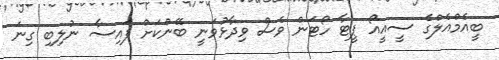
ބީއެމްއެލްގެ ސީއީއޯ ޕީޓާ ހޯޓަން ވެސް ވިދާޅުވަނީ ބޭންކަށް ފައިސާ ނުލިބި ގިނަ